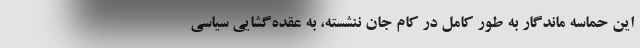
این حماسه ماندگار به طور کامل در کام جان ننشسته، به عقده‌گشایی سیاسی